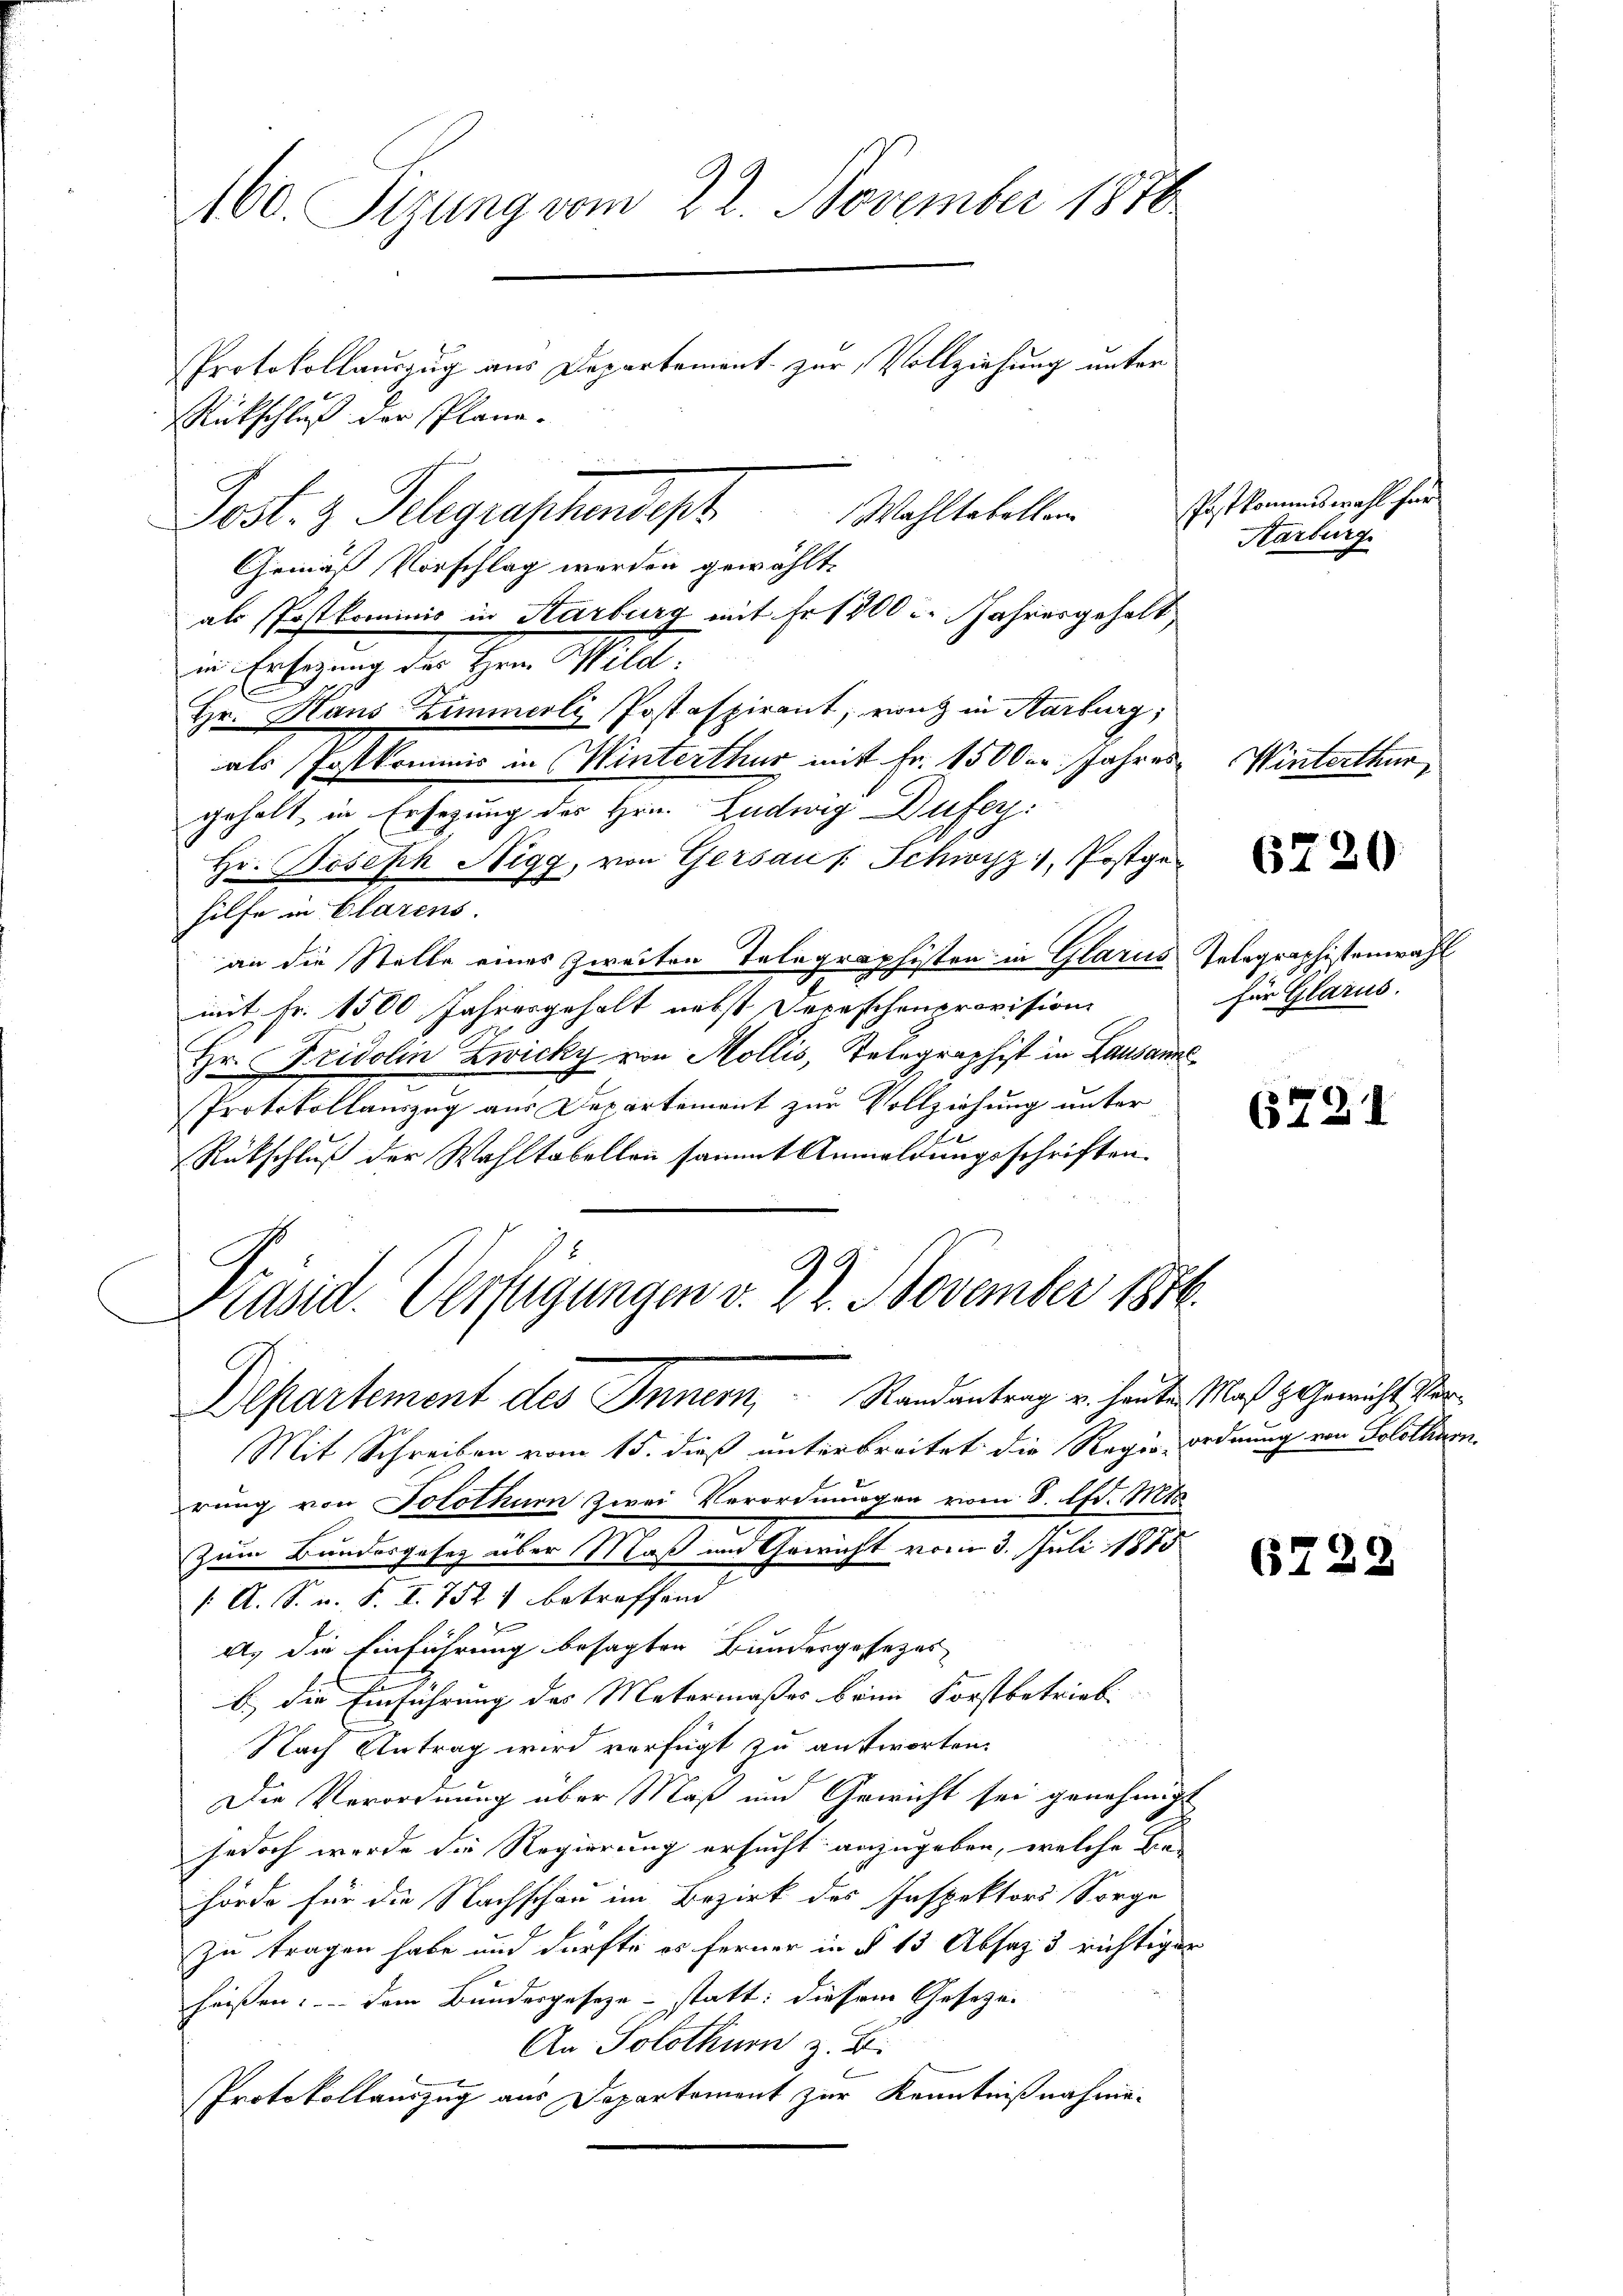
160. Sizung vom 22. November 1876

Plane.
Schluß der
Sutz
Gemäß Vorschlag werden gewählt.
als Postkommnis in Starburg mit Fr. 1800 u. Jahresgehalt
in Ersezung des Hrnn Wild:
Hr. Hans Zimmerli Postaspirant, rich in Karburg,
als Postkommis in Winterthur mit Fr. 1500er Jahres
geholt, in Ersezung des Hrn. Ludwig Dufer.
Hr. Boseph Nigg, von Gersauf Schwyz, Postgehilfe in Clarens.
an die Stelle eines zweiten Telegraphisten in Glarus Telegraphistenwahl
mit Fr. 1500 Jahresgehalt nebst Depeschenprovision
Hr. Fridolin Zwicky von Mollis, Telegraphist in Lausanne
Protokollauszug aus Departement zur Vollziehung unter
Rückschluß der Wahltabellen sammt Anmeldungsschriften.
.

Protokollauszug aus Departement zur Vollziehung unter

Präsid. Verfügungen v. 22. November 1814.
Departement des Innern, Standentrag u. heute Maß Gericht Vor¬

u
Post- & Telegraphendept. Wahltebellen

Postkommenswahl her
Aarburg

Mit Schreiben vom 15. dieß unterbreitet die Reger ordnung von Solothurn.
rung von Solothur zwei Verordnungen vom 8. d. Mts.
Zum Bundesgesetz über Maß und Gewicht vom 3. Juli 1885
1. A. S. v. J. I. 7521 betreffend
f
A. die Einführung besagten Bundesgesezes
b.) die Einführung des Matermaßes brin Forstbetrieb
Nach Antrag wird verfügt zu antworten.
Die Verordnung über Maß und Gewicht sei genehmigt
s
jedoch werde die Regierung ersucht anzugeben, welche Behörde für die Nachschau im Bezirk des Inspektors Sorge
zu tragen habe und dürfte es ferner in § 13 Absatz 3 richtiger
heißen. Dem Bundergesetze statt: diesem Gesezei
An Solothur z. B.
Protokollauszug aus Departement zur Kenntnißnahme-

Winterthur

6720

für Glarus.

6721

62.

.